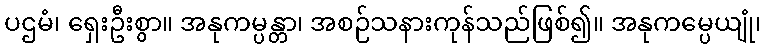
ပဌမံ၊ ရှေးဦးစွာ။ အနုကမ္ပန္တာ၊ အစဉ်သနားကုန်သည်ဖြစ်၍။ အနုကမ္ပေယျုံ၊